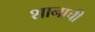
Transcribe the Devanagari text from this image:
शानाची